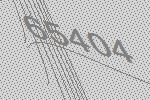
65404